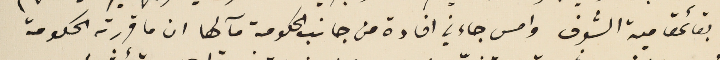
بقائمقامية الشوف وامس جاءني افادة من جانب الحكومة مآلها ان ما قررته الحكومة